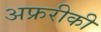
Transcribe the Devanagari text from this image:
अफ्ररीकी